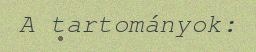
A tartományok: